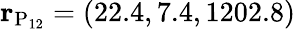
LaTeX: {\mathbf r}_{\mathrm{P_{12}}}=(22.4,7.4,1202.8)